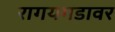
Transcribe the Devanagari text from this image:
रागयगडावर